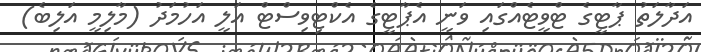
އަދާލަތު ޕާޓީގެ ޓްވީޓެއްގައި ވަނީ އެޕާޓީގެ އެކްޓިވިސްޓް އަލީ އަހުމަދު (މާލިމީ އަލިބެ)